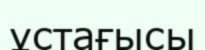
ұстағысы